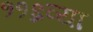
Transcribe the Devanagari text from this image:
११६व्या